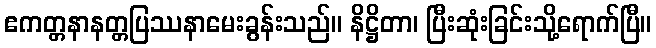
ဧကတ္တနာနတ္တပြဿနာမေးခွန်းသည်။ နိဋ္ဌိတာ၊ ပြီးဆုံးခြင်းသို့ရောက်ပြီ။